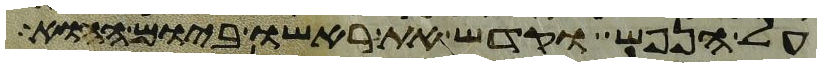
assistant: על הנפש וקדש את ראשו ביום ההוא